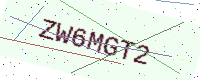
Text: ZW6MGT2